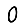
Digit: 0